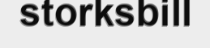
storksbill